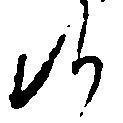
候